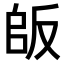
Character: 𠭔